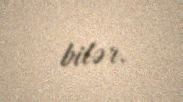
bilər.